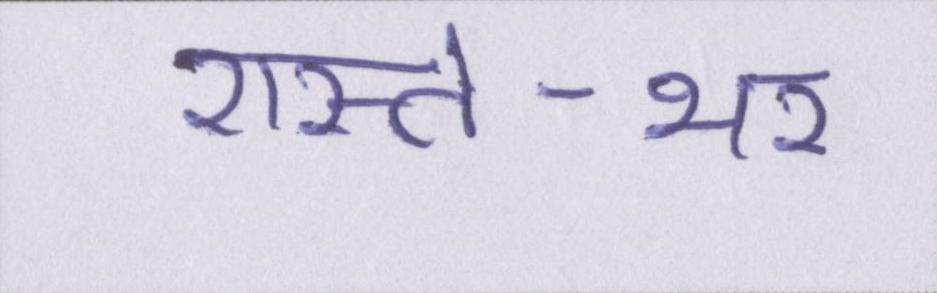
रास्ते-भर